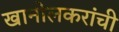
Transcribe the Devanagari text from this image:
खानोलकरांची